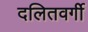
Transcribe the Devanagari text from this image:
दलितवर्गी